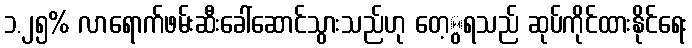
၁.၂၅% လာရောက်ဖမ်းဆီးခေါ်ဆောင်သွားသည်ဟု တေ့ွရသည် ဆုပ်ကိုင်ထားနိုင်ရေး